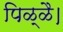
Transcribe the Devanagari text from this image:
पिळ्ळै।